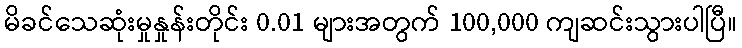
မိခင်သေဆုံးမှုနှုန်းတိုင်း 0.01 များအတွက် 100,000 ကျဆင်းသွားပါပြီ။